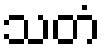
သတံ